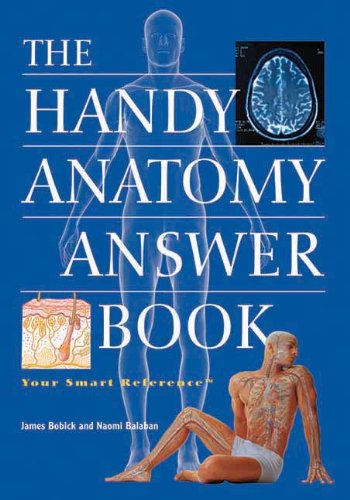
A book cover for The Handy Anatomy Answer Book (The Handy Answer Book Series); James Bobick; Science & Math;